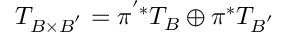
T _ { B \times B ^ { ' } } = \pi ^ { ' * } T _ { B } \oplus \pi ^ { * } T _ { B ^ { ' } }